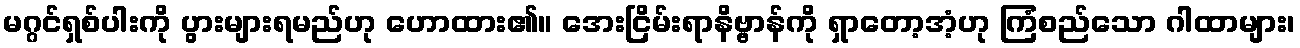
မဂ္ဂင်ရှစ်ပါးကို ပွားများရမည်ဟု ဟောထား၏။ အေးငြိမ်းရာနိဗ္ဗာန်ကို ရှာတော့အံ့ဟု ကြံစည်သော ဂါထာများ၊